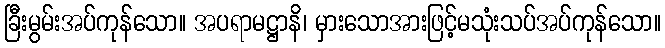
ခြီးမွမ်းအပ်ကုန်သော။ အပရာမဋ္ဌာနိ၊ မှားသောအားဖြင့်မသုံးသပ်အပ်ကုန်သော။